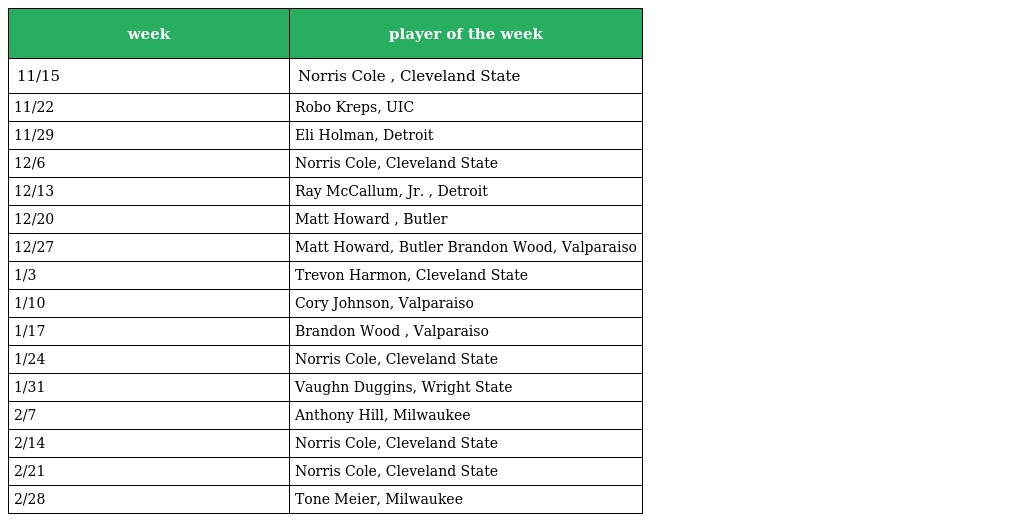
| week | player of the week |
 | --- | --- |
 | 11/15 | Norris Cole , Cleveland State |
 | 11/22 | Robo Kreps, UIC |
 | 11/29 | Eli Holman, Detroit |
 | 12/6 | Norris Cole, Cleveland State |
 | 12/13 | Ray McCallum, Jr. , Detroit |
 | 12/20 | Matt Howard , Butler |
 | 12/27 | Matt Howard, Butler Brandon Wood, Valparaiso |
 | 1/3 | Trevon Harmon, Cleveland State |
 | 1/10 | Cory Johnson, Valparaiso |
 | 1/17 | Brandon Wood , Valparaiso |
 | 1/24 | Norris Cole, Cleveland State |
 | 1/31 | Vaughn Duggins, Wright State |
 | 2/7 | Anthony Hill, Milwaukee |
 | 2/14 | Norris Cole, Cleveland State |
 | 2/21 | Norris Cole, Cleveland State |
 | 2/28 | Tone Meier, Milwaukee |